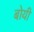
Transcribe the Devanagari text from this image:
बोयी